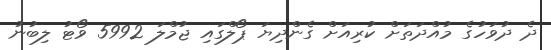
ދެ ދުވަހުގެ މުއްދަތަށް ކުރިއަށް ގެންދިޔަ ޕޯލްގައި ޖުމްލަ 5992 ވޯޓު ލިބުނު